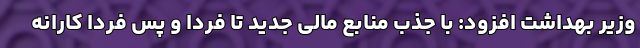
وزیر بهداشت افزود: با جذب منابع مالی جدید تا فردا و پس فردا کارانه